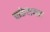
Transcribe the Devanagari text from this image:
वाकेवानन